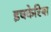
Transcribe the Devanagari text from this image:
इचकेरिया